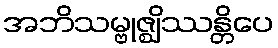
အဘိသမ္ဗုဇ္ဈိဿန္တိပေ